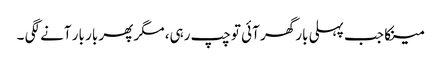
مینکا جب پہلی بار گھر آئی تو چپ رہی، مگر پھر بار بار آنے لگی ۔